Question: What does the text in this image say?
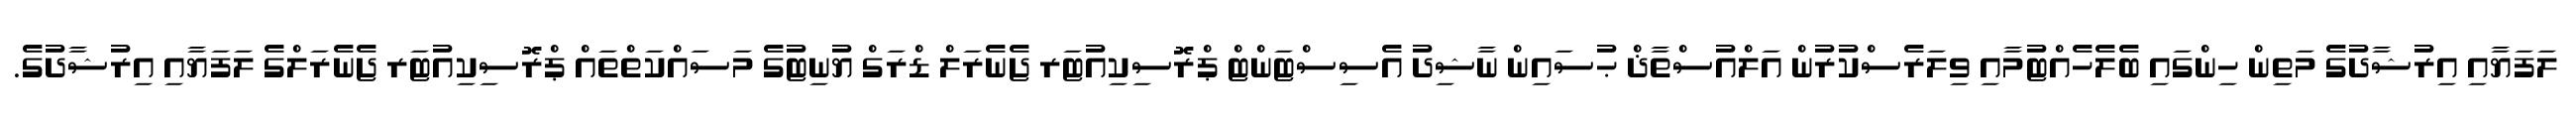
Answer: ލަފަޔާއި އިރުޝާދުގެ މަތިން ހިންގައި ބެލެހެއްޓުމާއި ވިލަރެސްކުރުން އަލްއުސްތާޛް ޙުސައިން ނާޝިދު އެސިސްޓަންޓް ޕްރޮސިކިއުޓަރ ޖެނެރަލް ޑްރަގް ޔުނިޓުގެ މަސައްކަތްތައް ޕްރޮސިކިއުޓަރ ޖެނެރަލްގެ ލަފަޔާއި އިރުޝާދުގެ.